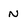
Character: N